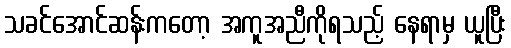
သခင်အောင်ဆန်းကတော့ အကူအညီကိုရသည့် နေရာမှ ယူပြီး